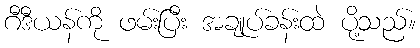
ဂီဒီယန်ကို ဖမ်းပြီး အချုပ်ခန်းထဲ ပို့သည်။